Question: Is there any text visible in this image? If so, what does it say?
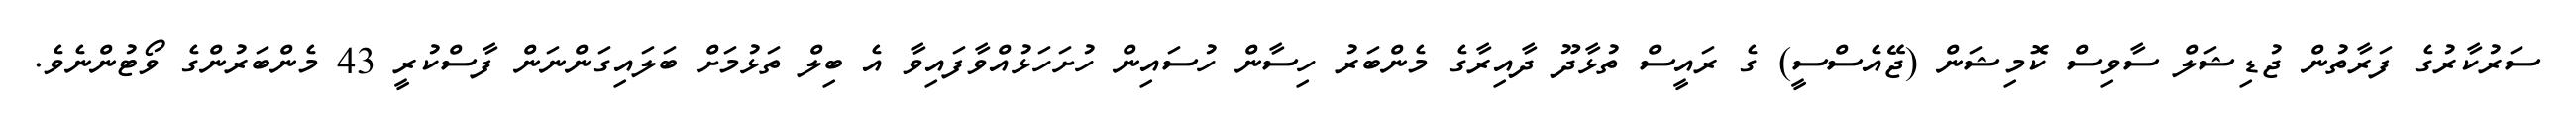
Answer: ސަރުކާރުގެ ފަރާތުން ޖުޑިޝަލް ސާވިސް ކޮމިޝަން (ޖޭއެސްސީ) ގެ ރައީސް ތުޅާދޫ ދާއިރާގެ މެންބަރު ހިސާން ހުސައިން ހުށަހަޅުއްވާފައިވާ އެ ބިލް ތަޅުމަށް ބަލައިގަންނަން ފާސްކުރީ 43 މެންބަރުންގެ ވޯޓުންނެވެ.